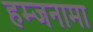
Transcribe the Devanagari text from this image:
हम्जनामा